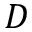
D